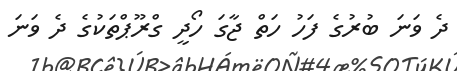
ދެ ވަނަ ބުރުގެ ފަހު ހަތް ޖާގަ ހޯދީ ގްރޫޕްތަކުގެ ދެ ވަނަ